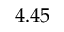
4 . 4 5